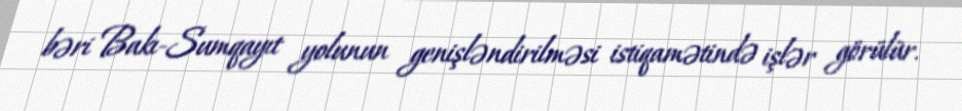
bəri Bakı-Sumqayıt yolunun genişləndirilməsi istiqamətində işlər görülür.